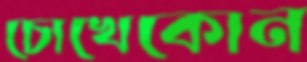
চোখেকোন